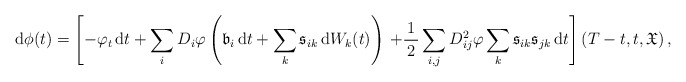
\begin{align*}\ \mathrm{d}\phi(t) =\left[-\varphi_t \, \mathrm{d}t + \sum_i D_i \varphi\left(\mathfrak{b}_i \, \mathrm{d}t + \sum_k \mathfrak{s}_{ik}\, \mathrm{d}W_k(t)\right)\right. \left.+ \frac{1}{\,2\,} \sum_{i,j} D^2_{ij}\varphi \sum_k \mathfrak{s}_{ik}\mathfrak{s}_{jk}\, \mathrm{d}t\right](T-t,t,\mathfrak{X})\,,\end{align*}